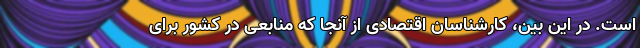
است. در این بین، کارشناسان اقتصادی از آنجا که منابعی در کشور برای